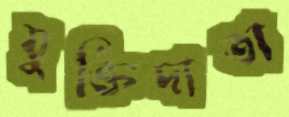
যুক্তিদাতা